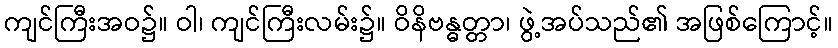
ကျင်ကြီးအဝ၌။ ဝါ၊ ကျင်ကြီးလမ်း၌။ ဝိနိဗန္ဓတ္တာ၊ ဖွဲ့အပ်သည်၏ အဖြစ်ကြောင့်။